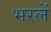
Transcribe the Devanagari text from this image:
भरलें